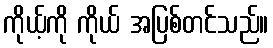
ကိုယ့်ကို ကိုယ် အပြစ်တင်သည်။